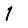
Digit: 1